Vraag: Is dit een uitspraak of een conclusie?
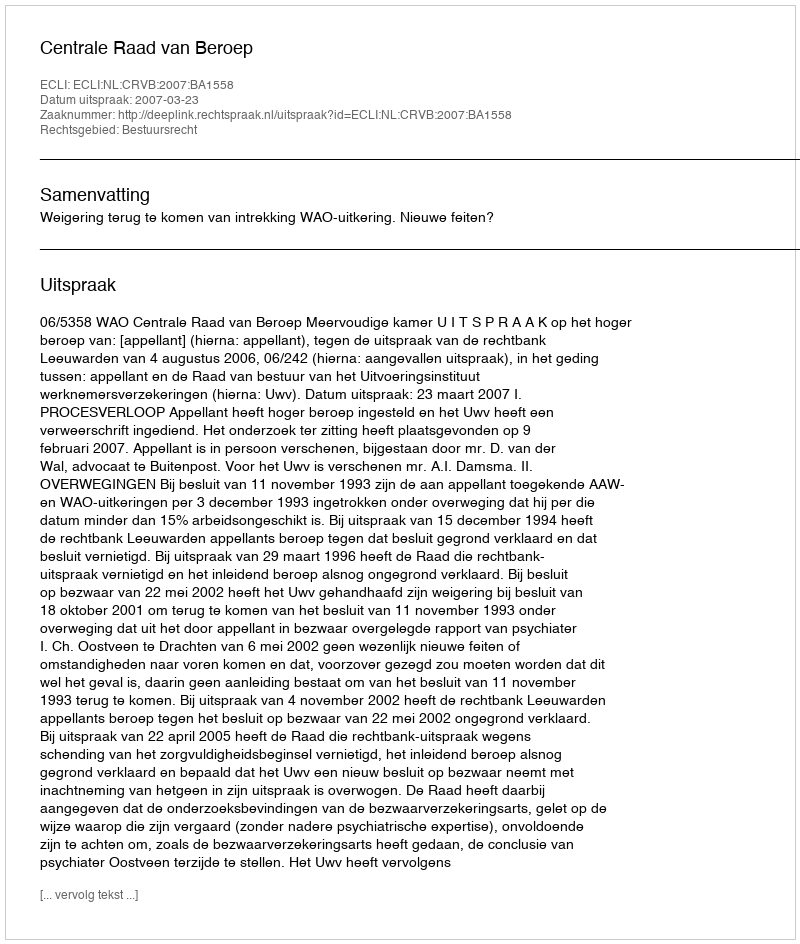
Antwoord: Uitspraak